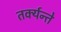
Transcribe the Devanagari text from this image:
तर्क्यन्ते